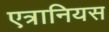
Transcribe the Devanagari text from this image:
एत्रानियस